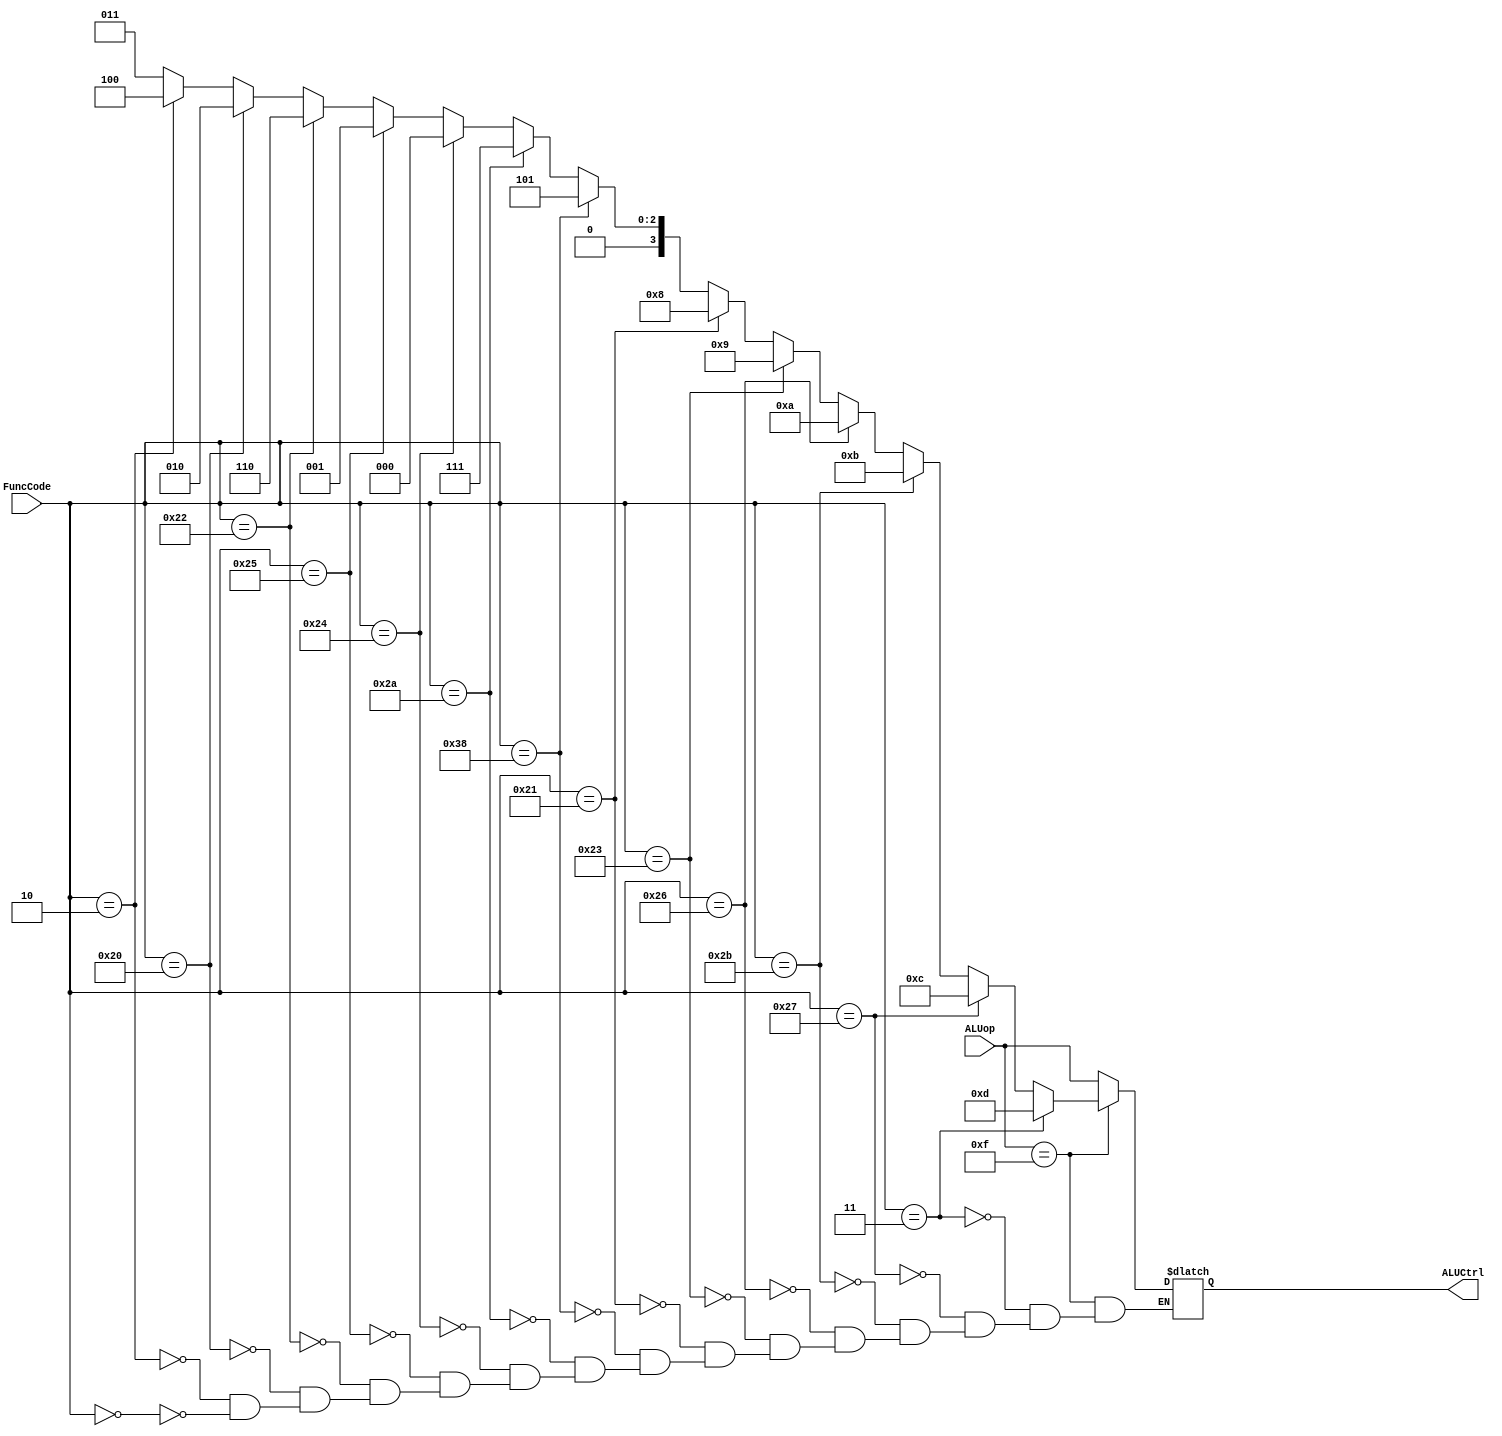
`timescale 1ns / 1ps
module ALUControl(ALUCtrl, ALUop, FuncCode);
input [3:0] ALUop;
input [5:0] FuncCode;
output reg [3:0] ALUCtrl;
	

always @ (*)
begin
$monitor("@ time=%0d ALUCtrl=%b, ALUop=%b FuncCode=%b", $time, ALUCtrl, ALUop, FuncCode);
if(ALUop==4'b1111)
	begin


		
		//values from the table in the lab that are R instructions 
		if (FuncCode == 6'b000000)begin ALUCtrl <= #2 4'b0011; end //SLL
		if (FuncCode == 6'b000010) begin ALUCtrl <= #2 4'b0100; end  //SRL
		if (FuncCode == 6'b100000) begin  ALUCtrl <= #2 4'b0010; end  //ADD
		if (FuncCode == 6'b100010) begin  ALUCtrl <= #2 4'b0110; end  //SUB
		if (FuncCode == 6'b100101)begin ALUCtrl <= #2 4'b0001; end //OR
		if (FuncCode == 6'b100100) begin ALUCtrl <= #2 4'b0000; end  //AND
		if (FuncCode == 6'b101010) begin ALUCtrl <= #2 4'b0111; end //SLT
		
		
		//values from the test bench 
		if (FuncCode == 6'b111000) begin ALUCtrl <= #2 4'b0101; end //MULA
		if (FuncCode == 6'b100001) begin ALUCtrl <= #2 4'b1000;end //ADDU
		if (FuncCode == 6'b100011) begin  ALUCtrl <= #2 4'b1001;end //SUBU
		if (FuncCode == 6'b100110) begin ALUCtrl <= #2 4'b1010; end //XOR
		if (FuncCode == 6'b101011) begin ALUCtrl <= #2 4'b1011; end  //SLTU
		if (FuncCode == 6'b100111) begin ALUCtrl <= #2 4'b1100; end  //NOR
		if (FuncCode == 6'b000011) begin ALUCtrl <= #2 4'b1101; end //SRA
		
 $display("ALUCtrl=%b, ALUop=%b FuncCode=%b", ALUCtrl, ALUop, FuncCode);



end
//else statement for i type instructions 
else
begin

 #2 ALUCtrl = ALUop;
$display("ALUCtrl=%b, ALUop=%b FuncCode=%b", ALUCtrl, ALUop, FuncCode);


end
end	
endmodule